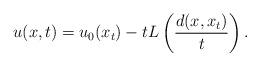
LaTeX: \begin{align*}u(x, t)=u_0(x_t)-t L\left({d(x, x_t)\over t}\right).\end{align*}